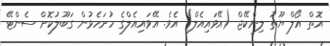
އޮތް އޯލް ޔޫތު ލިންކޭޖް (އޭވައިއެލް) އެވެ. އޭވައިއެލްގެ ހުށަހެޅުން ގަބޫލުކޮށް ސެންޓޭ